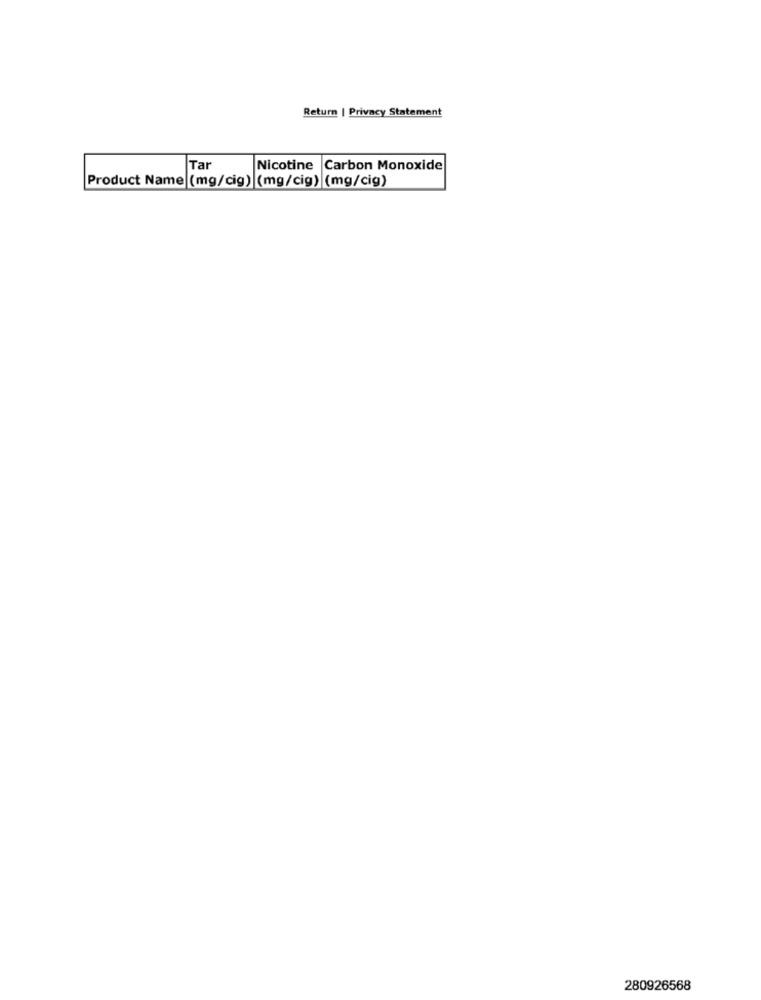
Return | Privacy Statement
Tar
Nicotine Carbon Monoxide
Product Name (mg/cig) (mg/cig) (mg/cig)
280926568